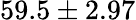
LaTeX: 59.5\pm 2.97